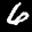
Label: 6